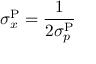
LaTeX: \sigma _ { x } ^ { \mathrm { P } } = \frac { 1 } { 2 \sigma _ { p } ^ { \mathrm { P } } }